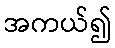
အကယ်၍